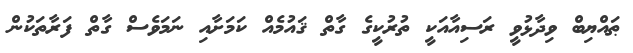
ޠައްޔިބް ވިދާޅުވީ ރަސިއާއަކީ ތުރުކީގެ ގާތް ޤައުމެއް ކަމަށާއި ނަމަވެސް ގާތް ފަރާތަކުން